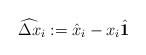
LaTeX: \begin{align*}\widehat{\Delta x}_i := \hat{x}_i - x_i \hat{\mathbf{1}}\end{align*}